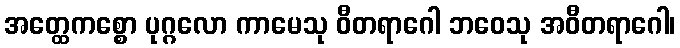
အတ္ထေကစ္စော ပုဂ္ဂလော ကာမေသု ဝီတရာဂေါ ဘဝေသု အဝီတရာဂေါ၊